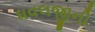
ધવલજીની